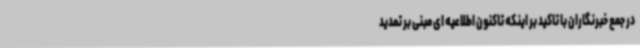
در جمع خبرنگاران با تاکید بر اینکه تاکنون اطلاعیه ای مبنی بر تمدید